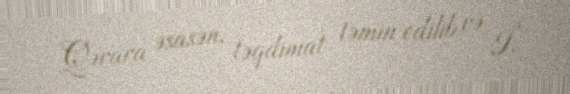
Qərara əsasən, təqdimat təmin edilib və İ.